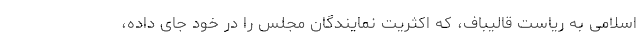
اسلامی به ریاست قالیباف، كه اكثریت نمایندگان مجلس را در خود جای داده،